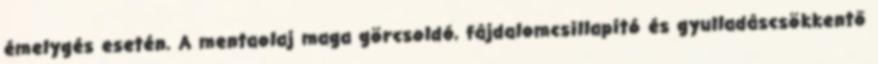
émelygés esetén. A mentaolaj maga görcsoldó, fájdalomcsillapító és gyulladáscsökkentő